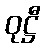
ဝုဋ္ဌီ